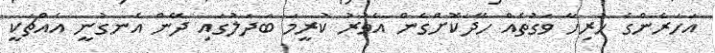
އަހަރެންގެ ހުރިހާ ވަގުތެއް ހޭދަކޮށްގެން އެވަރު ކުރީމަ ބަދަލުގައި ދޭން އެނގުނީ އެއްޗަކީ